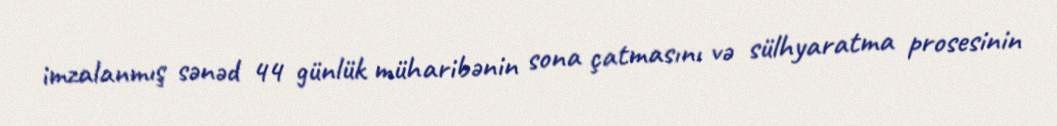
imzalanmış sənəd 44 günlük müharibənin sona çatmasını və sülhyaratma prosesinin